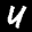
Label: 4